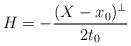
LaTeX: \begin{align*}H=-\frac{(X-x_0)^{\perp}}{2t_0}\end{align*}